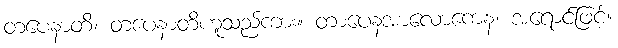
တပေနာတိ၊ တပေနာတိဟူသည်ကား။ တာပေနအာလောကေန၊ အရောင်ဖြင့်။